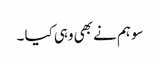
سو ہم نے بھی وہی کیا ۔